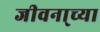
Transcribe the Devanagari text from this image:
जीवना्च्या